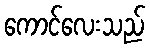
ကောင်လေးသည်